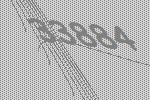
33884